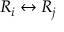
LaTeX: R _ { i } \leftrightarrow R _ { j }